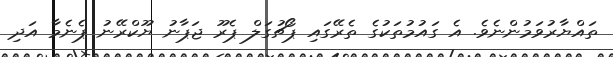
ތައްޔާރުވަމުންނެވެ. އެ ގައުމުތަކުގެ ތެރޭގައި ޕޯޗުގަލް ޕެރޫ ޖަޕާނު ޔޫކްރޭނު ޕެނެމާ އަދި